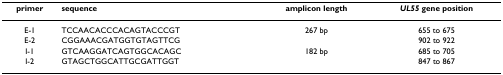
| primer | sequence | amplicon length | UL55 gene position |
 | --- | --- | --- | --- |
 | E-1 | TCCAACACCCACAGTACCCGT | 267 bp | 655 to 675 |
 | E-2 | CGGAAACGATGGTGTAGTTCG |  | 902 to 922 |
 | I-1 | GTCAAGGATCAGTGGCACAGC | 182 bp | 685 to 705 |
 | I-2 | GTAGCTGGCATTGCGATTGGT |  | 847 to 867 |